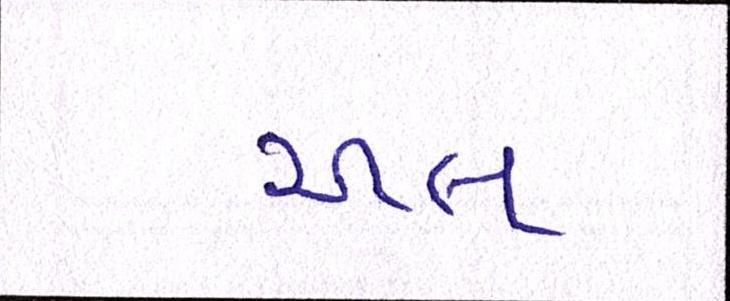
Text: અલ